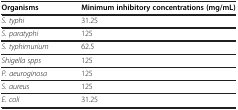
<table><thead><tr><td><b>Organisms</b></td><td><b>Minimum inhibitory concentrations(mg/mL)</b></td></tr></thead><tbody><tr><td><i>S. typhi</i></td><td>31.25</td></tr><tr><td><i>S. paratyphi</i></td><td>125</td></tr><tr><td><i>S. typhimurium</i></td><td>62.5</td></tr><tr><td><i>Shigella spps</i></td><td>125</td></tr><tr><td><i>P. aeuroginosa</i></td><td>125</td></tr><tr><td><i>S. aureus</i></td><td>125</td></tr><tr><td><i>E. coli</i></td><td>31.25</td></tr></tbody></table>